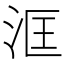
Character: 洭